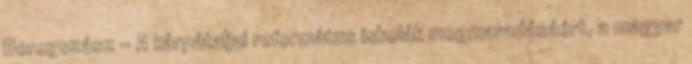
Beregszász - A kárpátaljai református iskolák megmaradásáért, a magyar